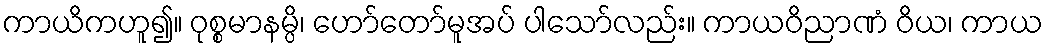
ကာယိကဟူ၍။ ဝုစ္စမာနမ္ပိ၊ ဟော်တော်မူအပ် ပါသော်လည်း။ ကာယဝိညာဏံ ဝိယ၊ ကာယ